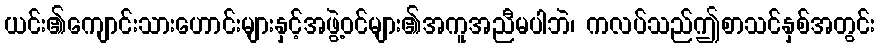
ယင်း၏ကျောင်းသားဟောင်းများနှင့်အဖွဲ့ဝင်များ၏အကူအညီမပါဘဲ၊ ကလပ်သည်ဤစာသင်နှစ်အတွင်း